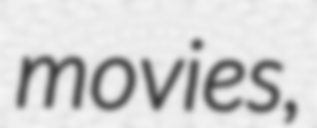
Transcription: movies,